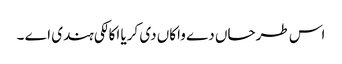
اس طرحاں دے واکاں دی کریا اکالکی ہندی اے ۔